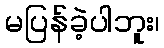
မပြန်ခဲ့ပါဘူး၊